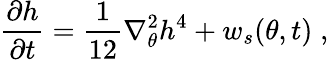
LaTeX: \frac{\partial h}{\partial t}=\frac{1}{12}\nabla_{\theta}^{2}h^{4}+w_{s}(\theta,t)\; ,